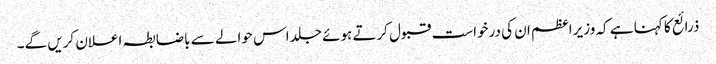
ذرائع کا کہنا ہے کہ وزیراعظم ان کی درخواست قبول کرتے ہوئے جلد اس حوالے سے باضابطہ اعلان کریں گے۔